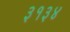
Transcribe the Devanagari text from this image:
३१३४